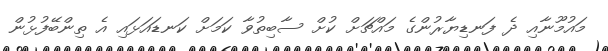
މައުމޫނާއި ދެ ފަނޑިޔާރުންގެ މައްޗަށް ކުށް ސާބިތުވާ ކަމަށް ކަނޑައަޅައި އެ ތިންބޭފުޅުން